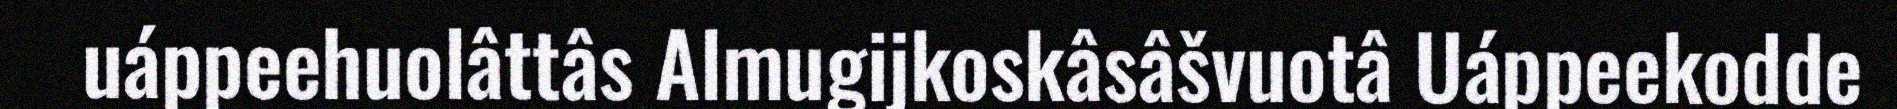
uáppeehuolâttâs Almugijkoskâsâšvuotâ Uáppeekodde